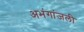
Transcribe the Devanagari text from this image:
अभंगांजली